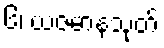
၆၊ ယဇမာနသုတ်